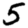
Digit: 5